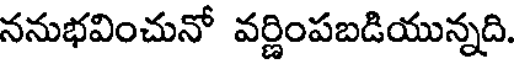
ననుభవించునో వర్ణింపబడియున్నది.